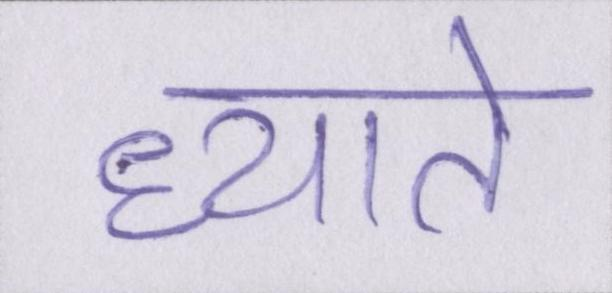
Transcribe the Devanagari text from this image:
ध्याते